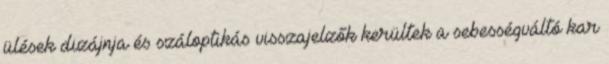
ülések dizájnja és száloptikás visszajelzők kerültek a sebességváltó kar